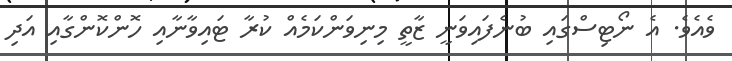
ވެއެވެ. އެ ނޯޓިސްގައި ބުނެފައިވަނީ ޒާތީ މިނިވަންކަމެއް ކުރާ ޓައިވާނާއި ހޮންކޮންގާއި އަދި